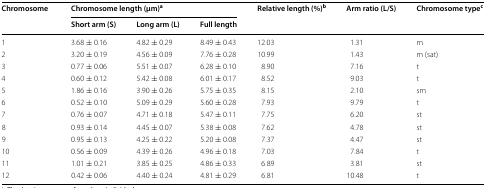
<table><thead><tr><td rowspan="2"><b>Chromosome</b></td><td colspan="3"><b>Chromosome length (μm)<sup>a</sup></b></td><td rowspan="2"><b>Relative length (%)<sup>b</sup></b></td><td rowspan="2"><b>Arm ratio (L/S)</b></td><td rowspan="2"><b>Chromosome type<sup>c</sup></b></td></tr><tr><td><b>Short arm (S)</b></td><td><b>Long arm (L)</b></td><td><b>Full length</b></td></tr></thead><tbody><tr><td>1</td><td>3.68 ± 0.16</td><td>4.82 ± 0.29</td><td>8.49 ± 0.43</td><td>12.03</td><td>1.31</td><td>m</td></tr><tr><td>2</td><td>3.20 ± 0.19</td><td>4.56 ± 0.09</td><td>7.76 ± 0.28</td><td>10.99</td><td>1.43</td><td>m (sat)</td></tr><tr><td>3</td><td>0.77 ± 0.06</td><td>5.51 ± 0.07</td><td>6.28 ± 0.10</td><td>8.90</td><td>7.16</td><td>t</td></tr><tr><td>4</td><td>0.60 ± 0.12</td><td>5.42 ± 0.08</td><td>6.01 ± 0.17</td><td>8.52</td><td>9.03</td><td>t</td></tr><tr><td>5</td><td>1.86 ± 0.16</td><td>3.90 ± 0.26</td><td>5.75 ± 0.35</td><td>8.15</td><td>2.10</td><td>sm</td></tr><tr><td>6</td><td>0.52 ± 0.10</td><td>5.09 ± 0.29</td><td>5.60 ± 0.28</td><td>7.93</td><td>9.79</td><td>t</td></tr><tr><td>7</td><td>0.76 ± 0.07</td><td>4.71 ± 0.18</td><td>5.47 ± 0.11</td><td>7.75</td><td>6.20</td><td>st</td></tr><tr><td>8</td><td>0.93 ± 0.14</td><td>4.45 ± 0.07</td><td>5.38 ± 0.08</td><td>7.62</td><td>4.78</td><td>st</td></tr><tr><td>9</td><td>0.95 ± 0.13</td><td>4.25 ± 0.22</td><td>5.20 ± 0.08</td><td>7.37</td><td>4.47</td><td>st</td></tr><tr><td>10</td><td>0.56 ± 0.09</td><td>4.39 ± 0.26</td><td>4.96 ± 0.18</td><td>7.03</td><td>7.84</td><td>t</td></tr><tr><td>11</td><td>1.01 ± 0.21</td><td>3.85 ± 0.25</td><td>4.86 ± 0.33</td><td>6.89</td><td>3.81</td><td>st</td></tr><tr><td>12</td><td>0.42 ± 0.06</td><td>4.40 ± 0.24</td><td>4.81 ± 0.29</td><td>6.81</td><td>10.48</td><td>t</td></tr></tbody></table>